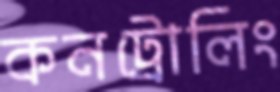
কনট্রোলিং